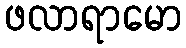
ဖလာရာမော